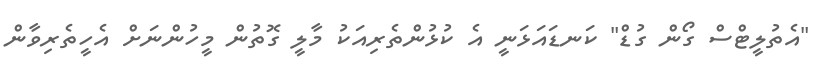
"އެތުލީޓްސް ގޯން ގުޑް" ކަނޑައަޅަނީ އެ ކުޅުންތެރިއަކު މާލީ ގޮތުން މީހުންނަށް އެހީތެރިވާން